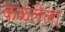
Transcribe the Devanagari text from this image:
कळलेला